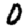
Digit: 0